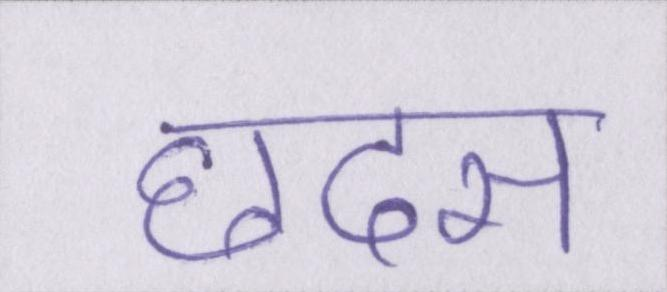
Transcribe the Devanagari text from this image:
छदम